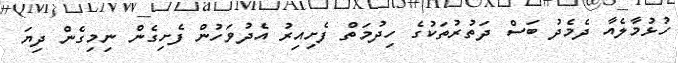
ހުޅުމާލެއާ ދެމެދު ބަސް ދަތުރުތަކުގެ ހިދުމަތް ފެށިއިރު އެދުވަހުން ފެށިގެން ނިމިގެން ދިޔަ